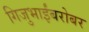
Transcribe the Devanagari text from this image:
गिजुभाईंबरोबर